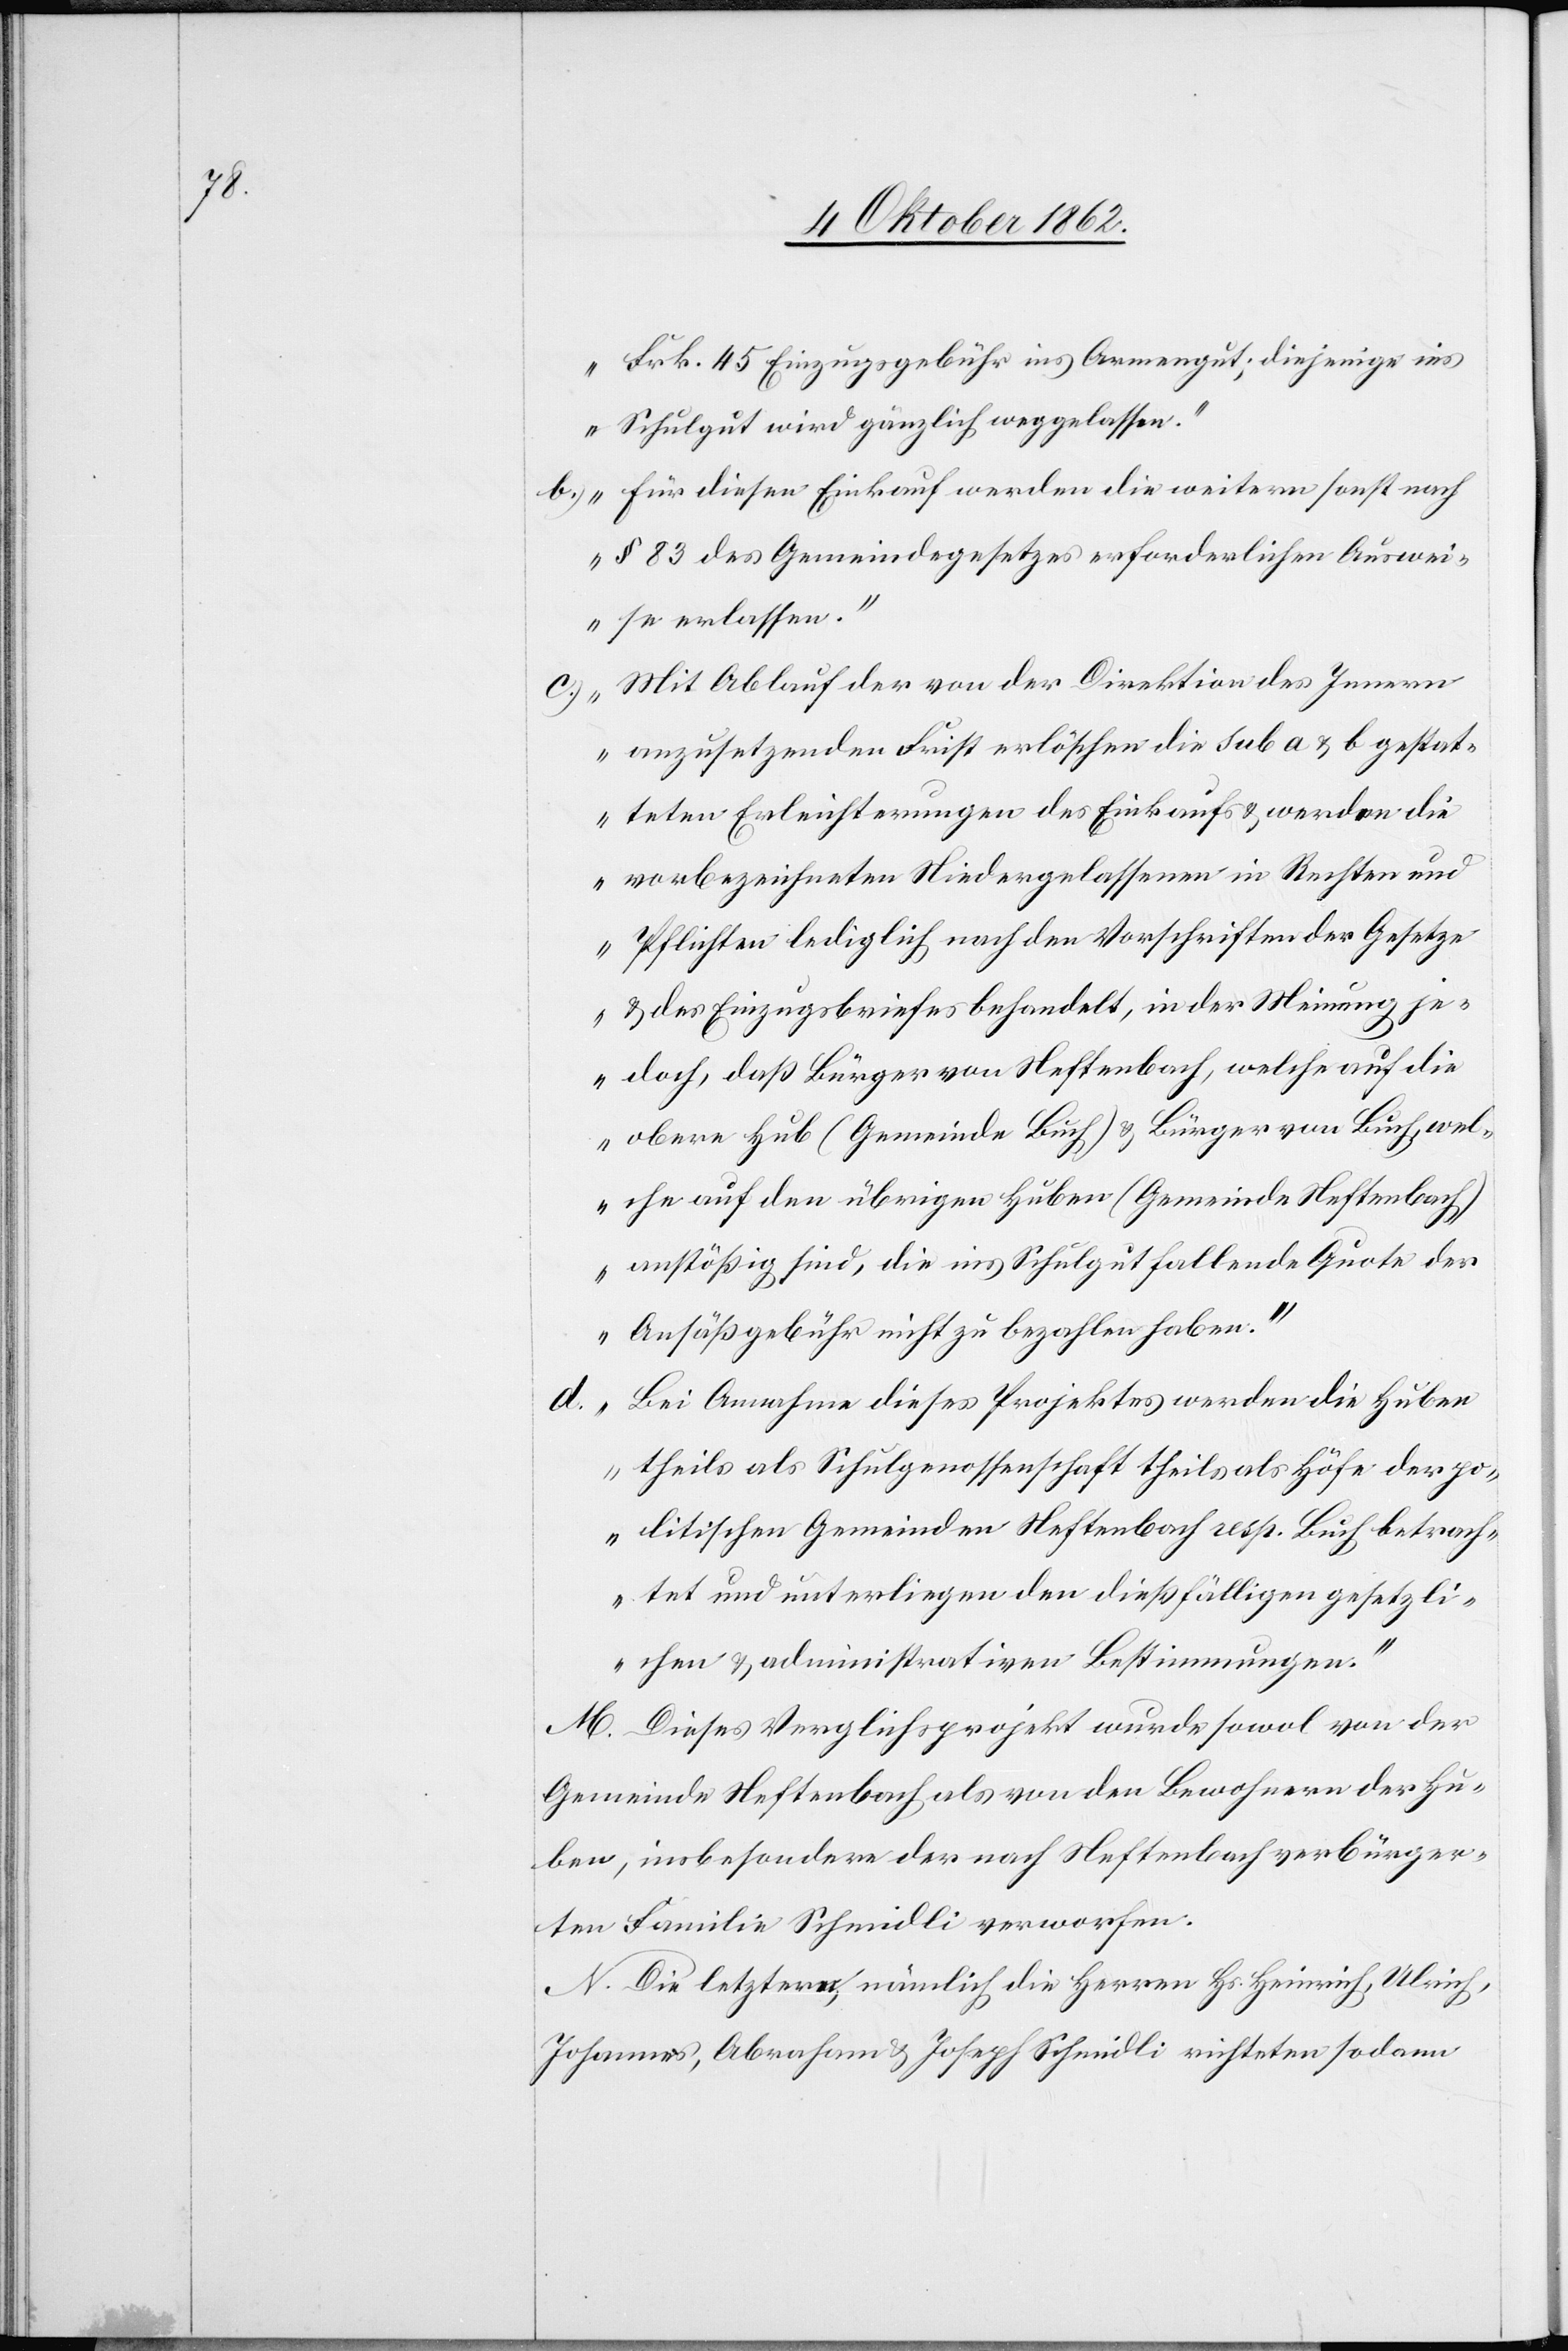
Frk. 45 Einzugsgebühr ins Armengut; diejenige ins
Schulgut wird gänzlich weggelassen.
b) für diesen Einkauf werden die weitern sonst nach
§. 83 des Gemeindegesetzes erforderlichen Auswei¬
se erlassen.
c)n Mit Ablauf der von der Direktion des Innern
anzusetzenden Frist erlöschen die sub a u. b gestat¬
teten Erleichterungen des Einkaufs u. werden die
vorbezeichneten Niedergelassenen in Rechten und
Pflichten lediglich nach den Vorschriften der Gesetze
u. des Einzugsbriefes behandelt, in der Meinung je¬
doch, daß Bürger von Neftenbach, welche auf die
obere Hug (Gemeinde Buch) u. Bürger von Buch, wel¬
che auf den übrigen Huben (Gemeinde Neftenbach)
anstößig sind, die ins Schulgut fallende Quote der
Ansäßengebühr nicht zu bezahlen haben.
Bei Annahme dieses Projektes werden die Huben
theils als Schulgenossenschaft theils als Höfe der po¬
litischen Gemeinden Neftenbach resp., Buch betrach¬
tet und unterliegen den dießfälligen gesetzli¬
chen u. administrativen Bestimmungen.“
M. Dieses Verglichsprojekt wurde sowol von der
Gemeinde Neftenbach als von den Bewohner der Hu¬
ben, insbesondere der nach Neftenbach verbürger¬
ten Familie Schmidli verworfen.
N. Die letztern, nämlich die Herren Hs. Heinrich, Ulrich,
Johannes, Abraham u. Joseph Schmidli richteten sodann